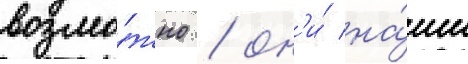
возмо́жно / он'и́ на́ши